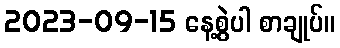
2023-09-15 နေ့စွဲပါ စာချုပ်။